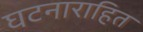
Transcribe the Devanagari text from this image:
घटनाराहित